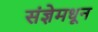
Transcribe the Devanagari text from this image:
संज्ञेमधून